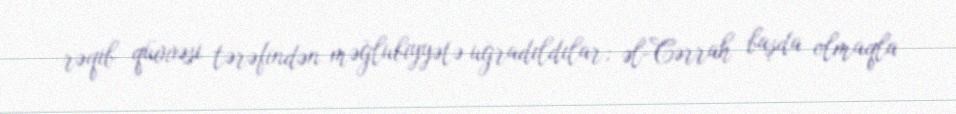
rəqib qüvvəsi tərəfindən məğlubiyyətə uğradıldılar; əl-Cərrah başda olmaqla